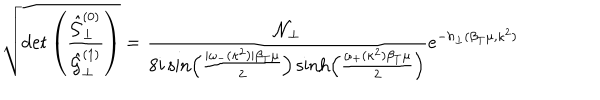
\sqrt { \det \left( \frac { \hat { { \cal G } } _ { \perp } ^ { ( 0 ) } } { \hat { { \cal G } } _ { \perp } ^ { ( 1 ) } } \right) } = \frac { { \cal N } _ { \perp } } { 8 i \sin \left( \frac { | \omega _ { - } ( \kappa ^ { 2 } ) | \beta _ { T } \mu } { 2 } \right) \sinh \left( \frac { \omega _ { + } ( \kappa ^ { 2 } ) \beta _ { T } \mu } { 2 } \right) } e ^ { - h _ { \perp } ( \beta _ { T } \mu , \kappa ^ { 2 } ) }